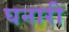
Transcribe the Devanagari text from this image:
घनारी